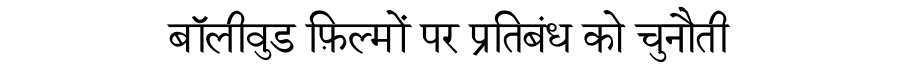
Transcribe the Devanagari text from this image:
बॉलीवुड फ़िल्मों पर प्रतिबंध को चुनौती